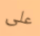
على